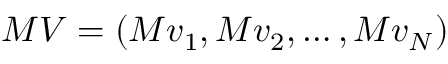
M V = ( M v _ { 1 } , M v _ { 2 } , \ldots , M v _ { N } )